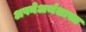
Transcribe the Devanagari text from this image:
अपनेअर्थशास्त्र